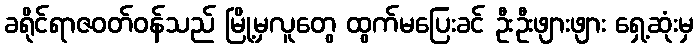
ခရိုင်ရာဇဝတ်ဝန်သည် မြို့မှလူတွေ ထွက်မပြေးခင် ဦးဦးဖျားဖျား ရှေ့ဆုံးမှ